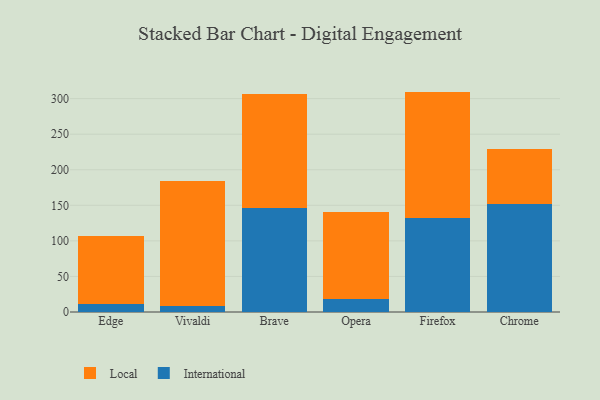
{"axis": {"x": "Browser", "y": "Website Visitors"}, "legend": ["International", "Local"], "data": [{"x": "Edge", "y": 10.9, "type": "International"}, {"x": "Edge", "y": 96.3, "type": "Local"}, {"x": "Vivaldi", "y": 9.1, "type": "International"}, {"x": "Vivaldi", "y": 175.0, "type": "Local"}, {"x": "Brave", "y": 146.2, "type": "International"}, {"x": "Brave", "y": 160.6, "type": "Local"}, {"x": "Opera", "y": 17.6, "type": "International"}, {"x": "Opera", "y": 123.0, "type": "Local"}, {"x": "Firefox", "y": 131.8, "type": "International"}, {"x": "Firefox", "y": 178.1, "type": "Local"}, {"x": "Chrome", "y": 152.4, "type": "International"}, {"x": "Chrome", "y": 76.3, "type": "Local"}]}